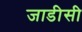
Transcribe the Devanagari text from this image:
जाडीसी